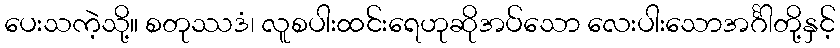
ပေးသကဲ့သို့။ စတုဿဒံ၊ လူစပါးထင်းရေဟုဆိုအပ်သော လေးပါးသောအင်္ဂါတို့နှင့်